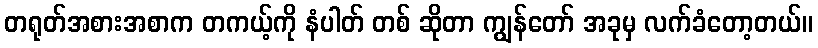
တရုတ်အစားအစာက တကယ့်ကို နံပါတ် တစ် ဆိုတာ ကျွန်တော် အခုမှ လက်ခံတော့တယ်။